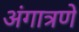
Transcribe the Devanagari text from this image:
अंगात्रणे